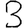
Digit: 3